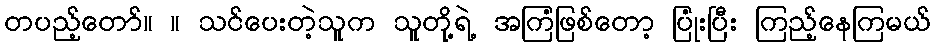
တပည့်တော်။ ။ သင်ပေးတဲ့သူက သူတို့ရဲ့ အကြံဖြစ်တော့ ပြုံးပြီး ကြည့်နေကြမယ်